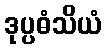
ဒုပ္ပဓံသိယံ